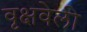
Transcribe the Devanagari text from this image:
वृक्षवेली